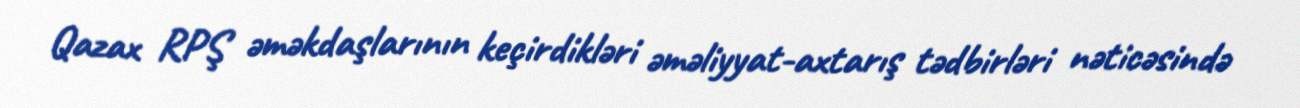
Qazax RPŞ əməkdaşlarının keçirdikləri əməliyyat-axtarış tədbirləri nəticəsində